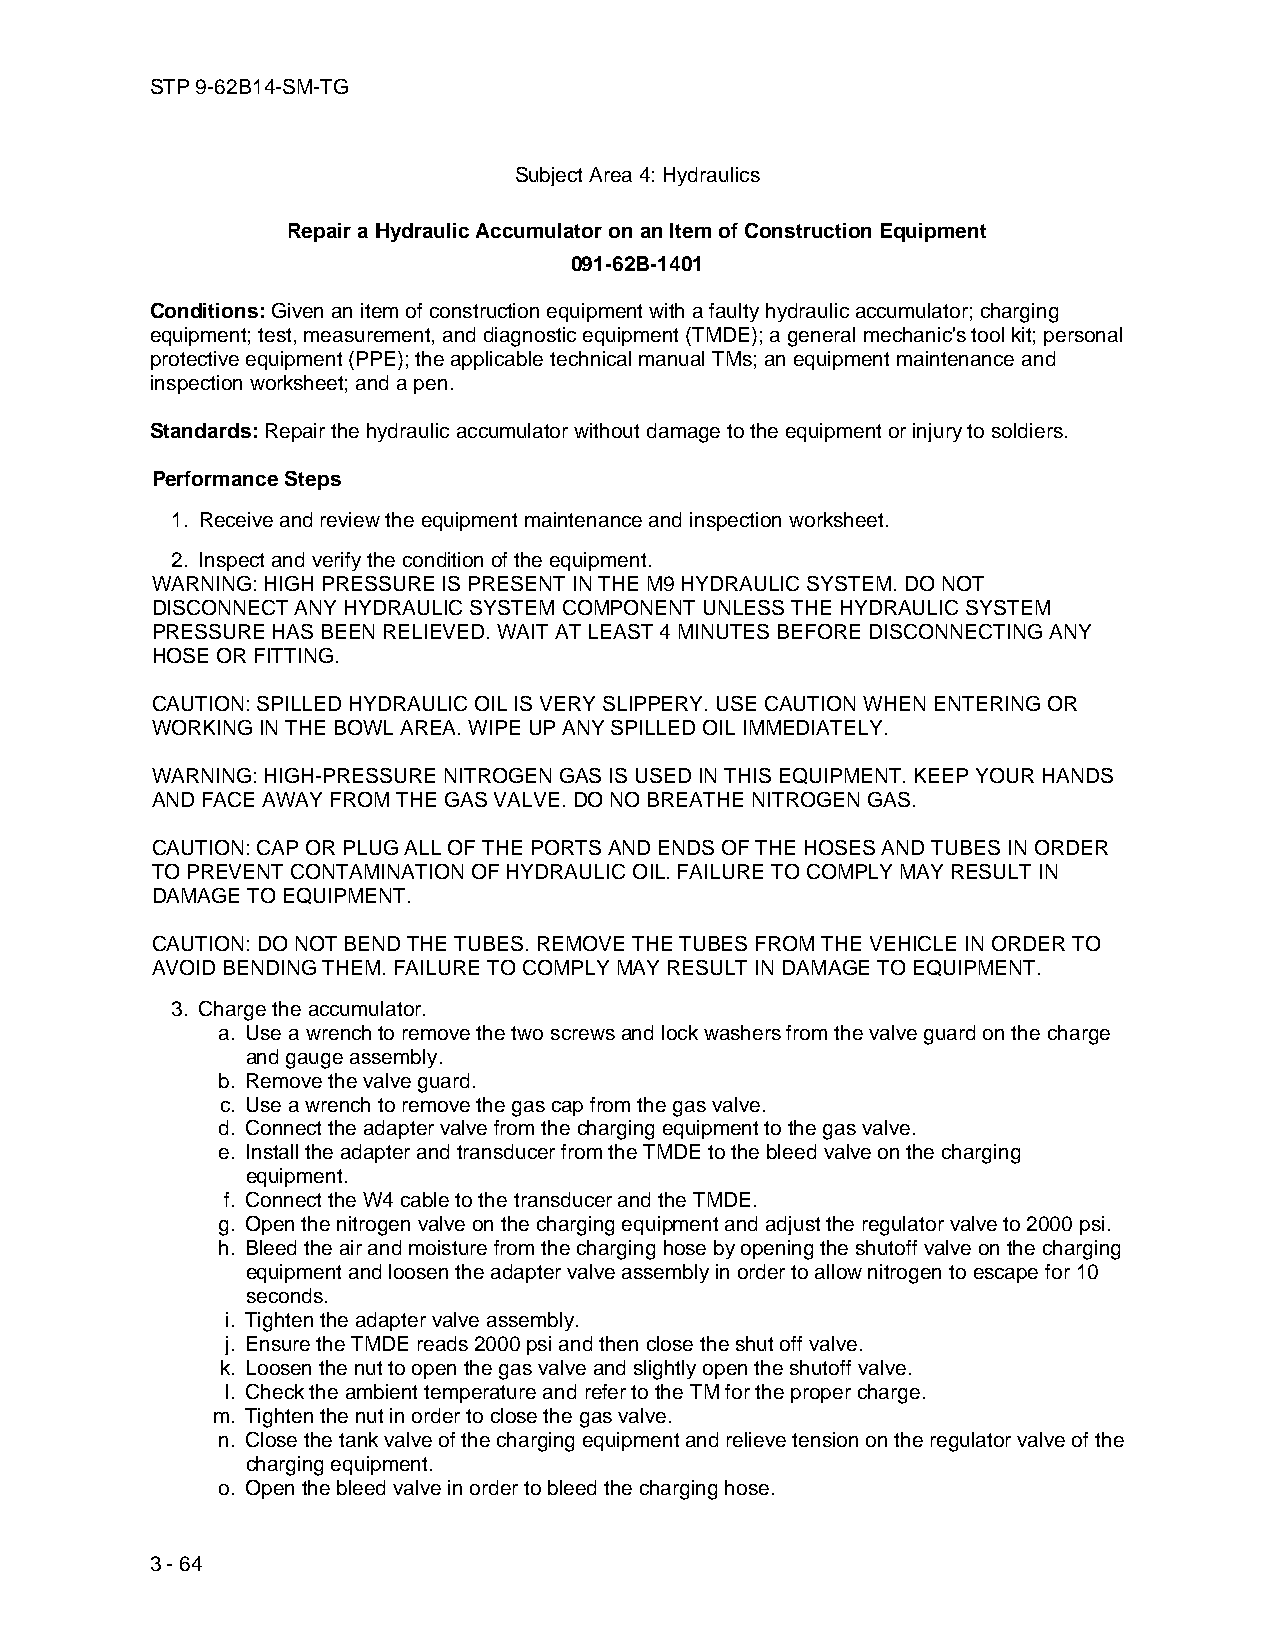
STP 9-62B14-SM-TG
 Subject Area 4: Hydraulics
 Repair a Hydraulic Accumulator on an Item of Construction Equipment
 091-62B-1401
 Conditions: Given an item of construction equipment with a faulty hydraulic accumulator; charging
 equipment; test, measurement, and diagnostic equipment (TMDE); a general mechanic's tool kit; personal
 protective equipment (PPE); the applicable technical manual TMs; an equipment maintenance and
 inspection worksheet; and a pen.
 Standards: Repair the hydraulic accumulator without damage to the equipment or injury to soldiers.
 Performance Steps
 1. Receive and review the equipment maintenance and inspection worksheet.
 2. Inspect and verify the condition of the equipment.
 WARNING: HIGH PRESSURE IS PRESENT IN THE M9 HYDRAULIC SYSTEM. DO NOT
 DISCONNECT ANY HYDRAULIC SYSTEM COMPONENT UNLESS THE HYDRAULIC SYSTEM
 PRESSURE HAS BEEN RELIEVED. WAIT AT LEAST 4 MINUTES BEFORE DISCONNECTING ANY
 HOSE OR FITTING.
 CAUTION: SPILLED HYDRAULIC OIL IS VERY SLIPPERY. USE CAUTION WHEN ENTERING OR
 WORKING IN THE BOWL AREA. WIPE UP ANY SPILLED OIL IMMEDIATELY.
 WARNING: HIGH-PRESSURE NITROGEN GAS IS USED IN THIS EQUIPMENT. KEEP YOUR HANDS
 AND FACE AWAY FROM THE GAS VALVE. DO NO BREATHE NITROGEN GAS.
 CAUTION: CAP OR PLUG ALL OF THE PORTS AND ENDS OF THE HOSES AND TUBES IN ORDER
 TO PREVENT CONTAMINATION OF HYDRAULIC OIL. FAILURE TO COMPLY MAY RESULT IN
 DAMAGE TO EQUIPMENT.
 CAUTION: DO NOT BEND THE TUBES. REMOVE THE TUBES FROM THE VEHICLE IN ORDER TO
 AVOID BENDING THEM. FAILURE TO COMPLY MAY RESULT IN DAMAGE TO EQUIPMENT.
 3. Charge the accumulator.
 a. Use a wrench to remove the two screws and lock washers from the valve guard on the charge
 and gauge assembly.
 b. Remove the valve guard.
 c. Use a wrench to remove the gas cap from the gas valve.
 d. Connect the adapter valve from the charging equipment to the gas valve.
 e. Install the adapter and transducer from the TMDE to the bleed valve on the charging
 equipment.
 f. Connect the W4 cable to the transducer and the TMDE.
 g. Open the nitrogen valve on the charging equipment and adjust the regulator valve to 2000 psi.
 h. Bleed the air and moisture from the charging hose by opening the shutoff valve on the charging
 equipment and loosen the adapter valve assembly in order to allow nitrogen to escape for 10
 seconds.
 i. Tighten the adapter valve assembly.
 j. Ensure the TMDE reads 2000 psi and then close the shut off valve.
 k. Loosen the nut to open the gas valve and slightly open the shutoff valve.
 l. Check the ambient temperature and refer to the TM for the proper charge.
 m. Tighten the nut in order to close the gas valve.
 n. Close the tank valve of the charging equipment and relieve tension on the regulator valve of the
 charging equipment.
 o. Open the bleed valve in order to bleed the charging hose.
 3 - 64